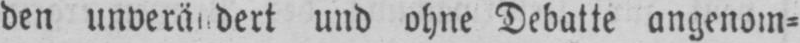
und ohne Debatte angenom⸗